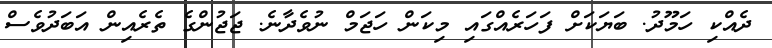
ދެއްކި ހަމޫދު. ބަޔަކަށް ފަހަރެއްގައި މިކަން ހަޖަމް ނުވެދާނެ. ޖަޖުންގެ ތެރެއިން އަބަދުވެސް